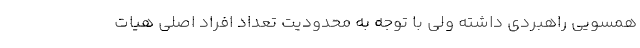
همسویی راهبردی داشته ولی با توجه به محدودیت تعداد افراد اصلی هیات